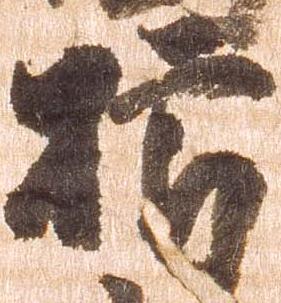
櫛